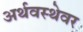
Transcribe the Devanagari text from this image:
अर्थवस्थेवर